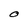
Character: O